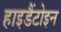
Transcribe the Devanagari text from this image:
हाइडैंटोइन